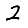
Digit: 2